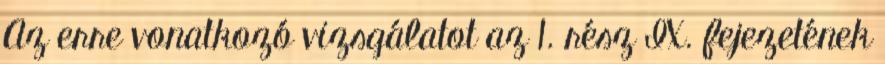
Az erre vonatkozó vizsgálatot az 1. rész IX. fejezetének